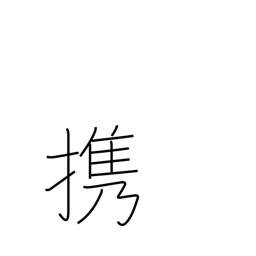
Meaning: carry (in hand)